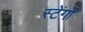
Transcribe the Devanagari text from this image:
स्टेंगो